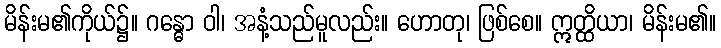
မိန်းမ၏ကိုယ်၌။ ဂန္ဓော ဝါ၊ အနံ့သည်မူလည်း။ ဟောတု၊ ဖြစ်စေ။ ဣတ္ထိယာ၊ မိန်းမ၏။